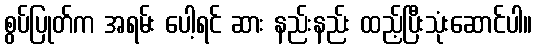
စွပ်ပြုတ်က အရမ်း ပေါ့ရင် ဆား နည်းနည်း ထည့်ပြီးသုံးဆောင်ပါ။